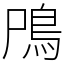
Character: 鳲